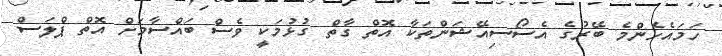
ހަމައެހެންމެ ބޭރުގެ އެސޯސިއޭޝަންތަކާ އޮތް ގާތް ގުޅުމަކީ ވެސް ބައްސާމަށް އޮތް ޕްލަސް